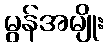
မွန်အမျိုး